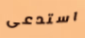
استدعى